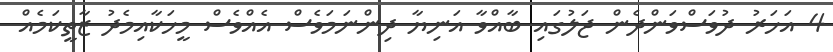
4 އަހަރު ދުވަސްވަންދެން ޖަލުގައި ބާއްވާ އަނިޔާ ދިންނަމަވެސް އެއްވެސް މީހަކާއިމެދު ޒާތީކަމެއް